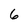
Character: 6